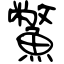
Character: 鱉